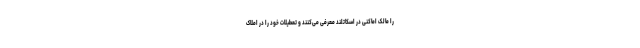
را مالک اماکنی در اسکاتلند معرفی می‌کنند و تعطیلات خود را در املاک